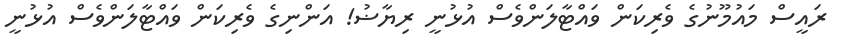
ރައީސް މައުމޫނުގެ ވެރިކަން ވައްޓާލަންވެސް އުޅުނީ ރިޔާޟު! އަންނިގެ ވެރިކަން ވައްޓާލަންވެސް އުޅުނީ